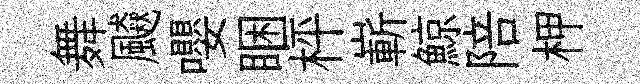
舞飇嚶睏枰嶄鯨陪柙